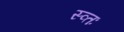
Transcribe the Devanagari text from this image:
स्व्तः